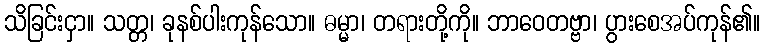
သိခြင်းငှာ။ သတ္တ၊ ခုနစ်ပါးကုန်သော။ ဓမ္မာ၊ တရားတို့ကို။ ဘာဝေတဗ္ဗာ၊ ပွားစေအပ်ကုန်၏။